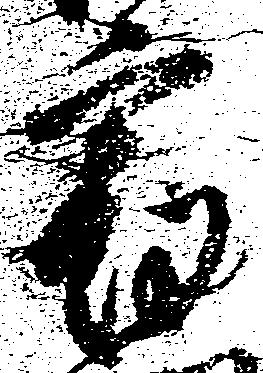
宿